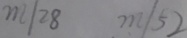
m / 2 8 m / 5 2